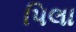
પિલા